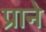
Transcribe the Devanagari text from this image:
प्राने